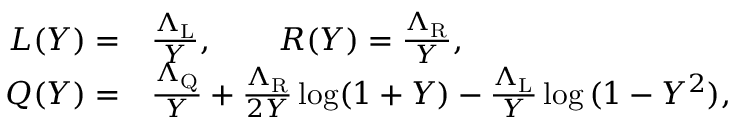
\begin{array} { r l } { L ( Y ) = } & { \frac { \Lambda _ { \mathrm { L } } } { Y } , \qquad R ( Y ) = \frac { \Lambda _ { \mathrm { R } } } { Y } , } \\ { Q ( Y ) = } & { \frac { \Lambda _ { \mathrm { Q } } } { Y } + \frac { \Lambda _ { \mathrm { R } } } { 2 Y } \log ( 1 + Y ) - \frac { \Lambda _ { \mathrm { L } } } { Y } \log { ( 1 - Y ^ { 2 } ) } , } \end{array}